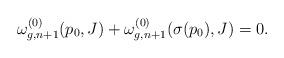
LaTeX: \begin{align*} \omega_{g,n+1}^{(0)}(p_0,J)+\omega_{g,n+1}^{(0)}(\sigma(p_0),J)=0.\end{align*}